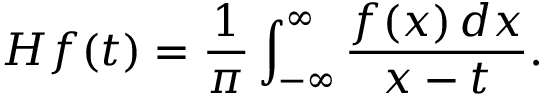
H f ( t ) = { \frac { 1 } { \pi } } \int _ { - \infty } ^ { \infty } { \frac { f ( x ) \, d x } { x - t } } .